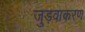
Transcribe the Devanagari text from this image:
जुड़वाकरण